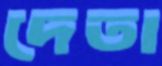
দেতা